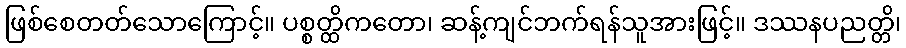
ဖြစ်စေတတ်သောကြောင့်။ ပစ္စတ္ထိကတော၊ ဆန့်ကျင်ဘက်ရန်သူအားဖြင့်။ ဒဿနပညတ္တိ၊